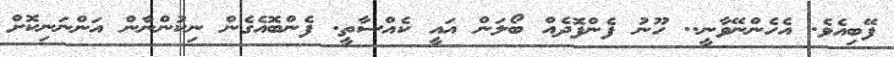
ފޭބިއެވެ. އެހެންނޭވާނީ.. ހޫނު ފެންފޮދެއް ބޯލަން އައީ ކެއްސާތީ. ފެންބޮއެގެން ނިކުންނާން އަންނަނިކޮށް